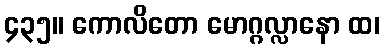
၄၃၅။ ကောလိတော မောဂ္ဂလ္လာနော ထ၊